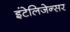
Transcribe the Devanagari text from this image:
इंटेलिजेन्सर